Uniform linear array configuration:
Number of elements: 4
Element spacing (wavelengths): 0.75
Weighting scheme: hann
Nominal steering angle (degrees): -45
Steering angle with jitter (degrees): -43.056
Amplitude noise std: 0.05
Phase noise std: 0.05

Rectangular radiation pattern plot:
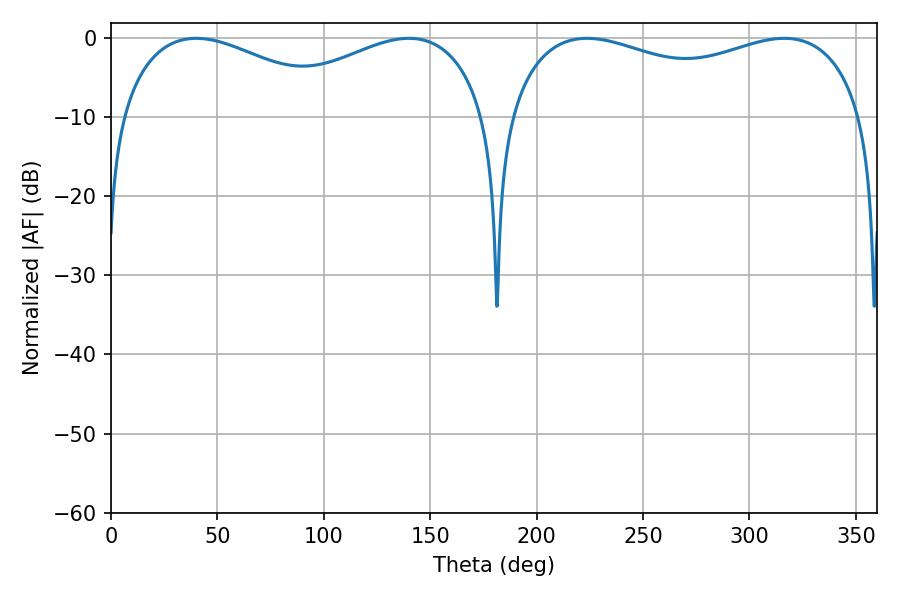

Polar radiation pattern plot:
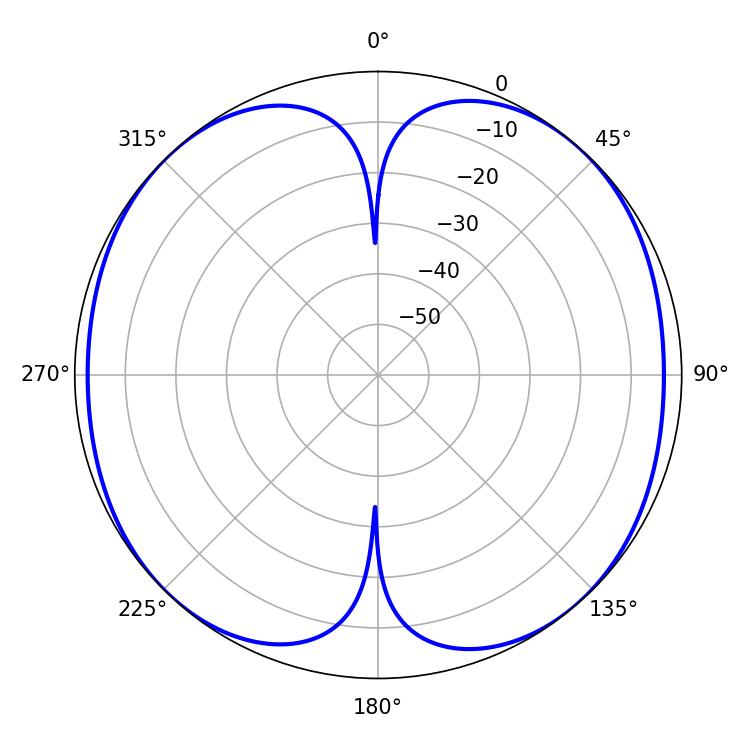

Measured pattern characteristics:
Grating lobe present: TRUE
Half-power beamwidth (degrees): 59.22
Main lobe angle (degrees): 39.96